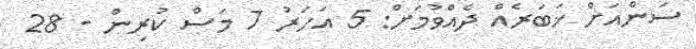
ސަންއަށް ޚަބަރެއް ދެއްވުމަށް: 5 އަހަރު 7 މަސް ކުރިން - 28